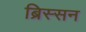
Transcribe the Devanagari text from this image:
ब्रिस्सन